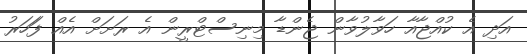
އަދި އެ ކުއްޖާއާ ހަވާލުވާން ޖެންޑާ މިނިސްޓްރީން އެ ރަށަަށް އެއް ފަަހަރު